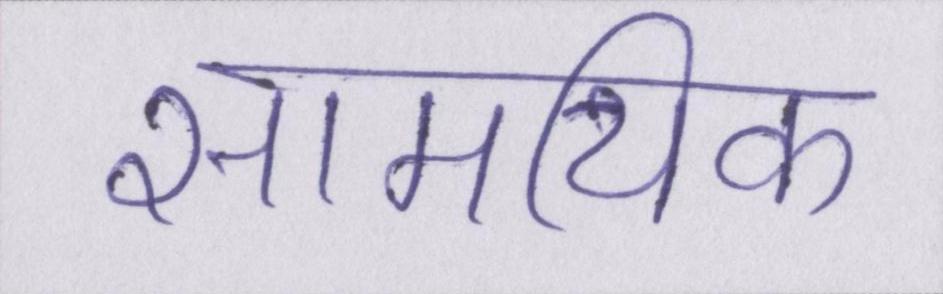
सामयिक